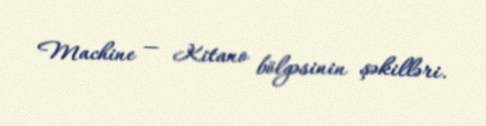
Machine — Kitano bölgəsinin şəkilləri.